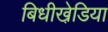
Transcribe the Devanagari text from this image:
बिधीखेडि़या